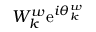
W _ { k } ^ { w } \mathrm { e } ^ { i \theta _ { k } ^ { w } }